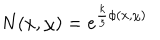
N ( x , \chi ) = e ^ { { \frac { k } { 3 } } \phi ( x , \chi ) }